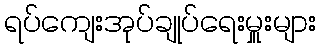
ရပ်ကျေးအုပ်ချုပ်ရေးမှူးများ